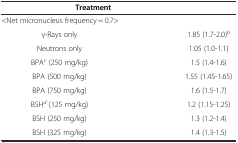
<table><thead><tr><td></td><td><b>Treatment</b></td><td></td></tr></thead><tbody><tr><td colspan="3">&lt;Net micronucleus frequency = 0.7&gt;</td></tr><tr><td colspan="2">γ-Rays only</td><td>1.85 (1.7-2.0)<sup><i>b</i></sup></td></tr><tr><td colspan="2">Neutrons only</td><td>1.05 (1.0-1.1)</td></tr><tr><td colspan="2">BPA<sup><i>c</i></sup> (250 mg/kg)</td><td>1.5 (1.4-1.6)</td></tr><tr><td colspan="2">BPA (500 mg/kg)</td><td>1.55 (1.45-1.65)</td></tr><tr><td colspan="2">BPA (750 mg/kg)</td><td>1.6 (1.5-1.7)</td></tr><tr><td colspan="2">BSH<sup><i>d</i></sup> (125 mg/kg)</td><td>1.2 (1.15-1.25)</td></tr><tr><td colspan="2">BSH (250 mg/kg)</td><td>1.3 (1.2-1.4)</td></tr><tr><td colspan="2">BSH (325 mg/kg)</td><td>1.4 (1.3-1.5)</td></tr></tbody></table>